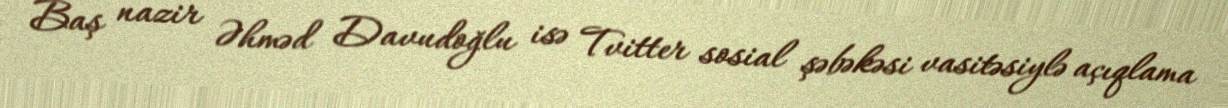
Baş nazir Əhməd Davudoğlu isə Tvitter sosial şəbəkəsi vasitəsiylə açıqlama